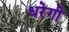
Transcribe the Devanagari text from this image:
धरेगी